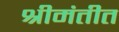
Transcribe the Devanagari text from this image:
श्रीमंतीत